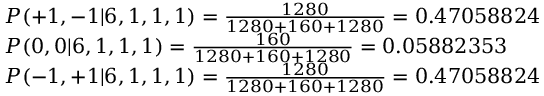
\begin{array} { l l } { P ( + 1 , - 1 | 6 , 1 , 1 , 1 ) = \frac { 1 2 8 0 } { 1 2 8 0 + 1 6 0 + 1 2 8 0 } = 0 . 4 7 0 5 8 8 2 4 } \\ { P ( 0 , 0 | 6 , 1 , 1 , 1 ) = \frac { 1 6 0 } { 1 2 8 0 + 1 6 0 + 1 2 8 0 } = 0 . 0 5 8 8 2 3 5 3 } \\ { P ( - 1 , + 1 | 6 , 1 , 1 , 1 ) = \frac { 1 2 8 0 } { 1 2 8 0 + 1 6 0 + 1 2 8 0 } = 0 . 4 7 0 5 8 8 2 4 } \end{array}